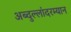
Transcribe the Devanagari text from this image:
अब्दुल्लांदरम्यान